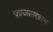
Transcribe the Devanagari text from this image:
फ़ाजलखान